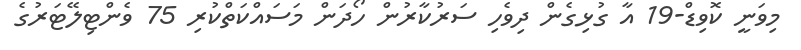
މިވަނީ ކޮވިޑް-19 އާ ގުޅިގެން ދިވެހި ސަރުކާރުން ހޯދަން މަސައްކަތްކުރި 75 ވެންޓިލޭޓަރުގެ